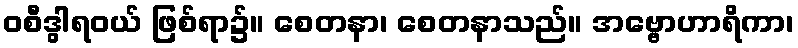
ဝစီဒွါရဝယ် ဖြစ်ရာ၌။ စေတနာ၊ စေတနာသည်။ အဗ္ဗောဟာရိကာ၊